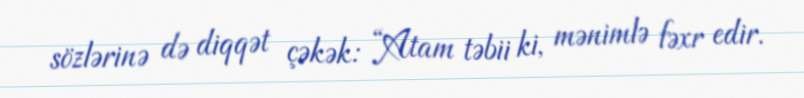
sözlərinə də diqqət çəkək: “Atam təbii ki, mənimlə fəxr edir.